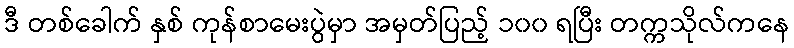
ဒီ တစ်ခေါက် နှစ် ကုန်စာမေးပွဲမှာ အမှတ်ပြည့် ၁၀၀ ရပြီး တက္ကသိုလ်ကနေ